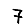
Digit: 7